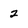
Character: 2